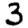
Digit: 3